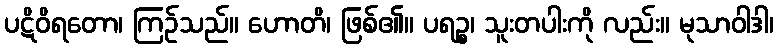
ပဋိဝိရတော၊ ကြဉ်သည်။ ဟောတိ၊ ဖြစ်၏။ ပရဉ္စ၊ သူးတပါးကို လည်း။ မုသာဝါဒါ၊